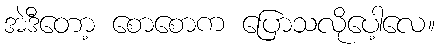
အဲဒီတော့ စောစောက ပြောသလိုပေါ့လေ။